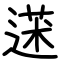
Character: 蒁